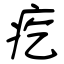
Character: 疙